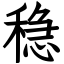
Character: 稳